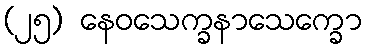
(၂၅) နေဝသေက္ခနာသေက္ခော